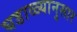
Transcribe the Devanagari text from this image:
घडाळ्यानुसार